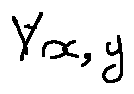
\forall x , y